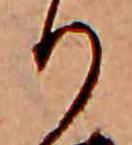
り